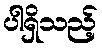
ပါရှိသည့်